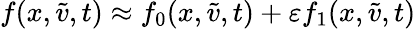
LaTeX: f(x,\tilde{v},t)\approx f_{0}(x,\tilde{v},t)+\varepsilon f_{1}(x,\tilde{v},t)